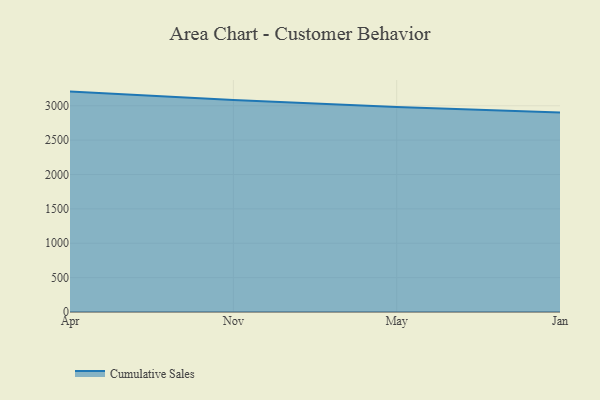
{"axis": {"x": "Month", "y": "Temperature (°C)"}, "legend": ["Cumulative Sales"], "data": [{"x": "Apr", "y": 3206.2, "type": "Cumulative Sales"}, {"x": "Nov", "y": 3083.5, "type": "Cumulative Sales"}, {"x": "May", "y": 2982.4, "type": "Cumulative Sales"}, {"x": "Jan", "y": 2900.5, "type": "Cumulative Sales"}]}